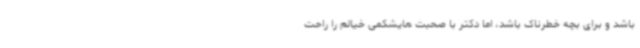
باشد و برای بچه خطرناک باشد، اما دکتر با صحبت هایشکمی خیالم را راحت